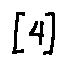
[ 4 ]